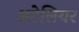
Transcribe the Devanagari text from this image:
अटेलियर